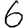
Digit: 6